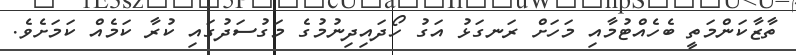
ތާޒާކަންމަތީ ބެހެއްޓުމާއި މަހަށް ރަނގަޅު އަގު ހޯދައިދިނުމުގެ މަގުސަދުގައި ކުރާ ކަމެއް ކަމަށެވެ.